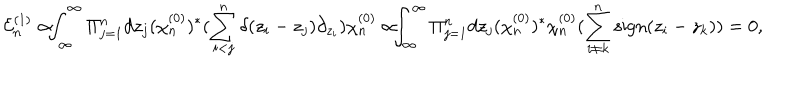
LaTeX: \! \! \! { \cal E } _ { n } ^ { ( 1 ) } \propto \! \! \! \int _ { \infty } ^ { \infty } \Pi _ { j = 1 } ^ { n } d z _ { j } ( \chi _ { n } ^ { ( 0 ) } ) ^ { * } ( \sum _ { i < j } ^ { n } \delta ( z _ { i } - z _ { j } ) \partial _ { z _ { i } } ) \chi _ { n } ^ { ( 0 ) } \propto \! \! \! \int _ { \infty } ^ { \infty } \Pi _ { j = 1 } ^ { n } d z _ { j } ( \chi _ { n } ^ { ( 0 ) } ) ^ { * } \chi _ { n } ^ { ( 0 ) } ( \sum _ { i \neq k } ^ { n } \mathrm { s i g n } ( z _ { i } - z _ { k } ) ) = 0 ,